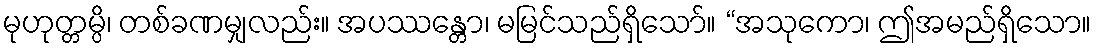
မုဟုတ္တမ္ပိ၊ တစ်ခဏမျှလည်း။ အပဿန္တော၊ မမြင်သည်ရှိသော်။ “အသုကော၊ ဤအမည်ရှိသော။